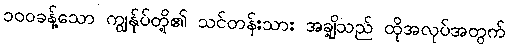
၁၀၀ခန့်သော ကျွန်ုပ်တို့၏ သင်တန်းသား အချို့သည် ထိုအလုပ်အတွက်